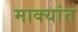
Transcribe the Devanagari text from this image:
माक्यांत